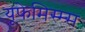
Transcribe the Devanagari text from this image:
यूफेमिस्म्स